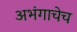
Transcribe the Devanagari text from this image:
अभंगाचेच